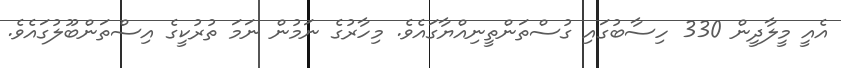
އެއީ މީލާދީން 330 ހިސާބުގައި ގުސްތަންތީނިއްޔާގައެވެ. މިހާރުގެ ނަމުން ނަމަ ތުރުކީގެ އިސްތަންބޫލުގައެވެ.